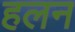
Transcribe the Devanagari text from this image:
हलन